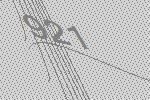
921